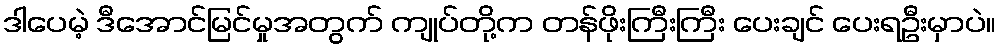
ဒါပေမဲ့ ဒီအောင်မြင်မှုအတွက် ကျုပ်တို့က တန်ဖိုးကြီးကြီး ပေးချင် ပေးရဦးမှာပဲ။